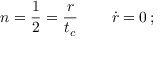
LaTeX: n = \frac { 1 } { 2 } = \frac { r } { t _ { c } } \, \qquad { \dot { r } } = 0 \, ;